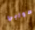
صوابي